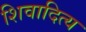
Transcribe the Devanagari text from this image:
शिवादित्य